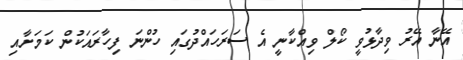
އޭނާ އޭރު ވިދާޅުވީ ކޯލް ވިއްކާނީ އެ ސަރަހައްދުގައި ހުންނަ ފިހާރައަކުން ކަމަށާއި